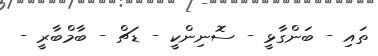
ތައި - ބަންގާޅީ - ސޮނިންކީ - ޑަޗް - ބާމްބާރީ -